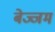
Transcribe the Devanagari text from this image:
बेज्जम